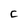
Character: C